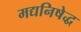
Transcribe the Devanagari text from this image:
मद्यनिषेद्ध